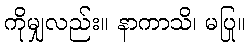
ကိုမျှလည်း။ နာကာသိ၊ မပြု။